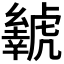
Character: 𬟲